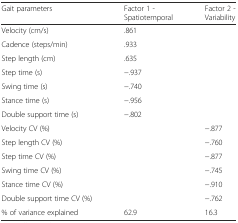
<table><thead><tr><td><b>Gait parameters</b></td><td><b>Factor 1 - Spatiotemporal</b></td><td><b>Factor 2 - Variability</b></td></tr></thead><tbody><tr><td>Velocity (cm/s)</td><td>.861</td><td></td></tr><tr><td>Cadence (steps/min)</td><td>.933</td><td></td></tr><tr><td>Step length (cm)</td><td>.635</td><td></td></tr><tr><td>Step time (s)</td><td>−.937</td><td></td></tr><tr><td>Swing time (s)</td><td>−.740</td><td></td></tr><tr><td>Stance time (s)</td><td>−.956</td><td></td></tr><tr><td>Double support time (s)</td><td>−.802</td><td></td></tr><tr><td>Velocity CV (%)</td><td></td><td>−.877</td></tr><tr><td>Step length CV (%)</td><td></td><td>−.760</td></tr><tr><td>Step time CV (%)</td><td></td><td>−.877</td></tr><tr><td>Swing time CV (%)</td><td></td><td>−.745</td></tr><tr><td>Stance time CV (%)</td><td></td><td>−.910</td></tr><tr><td>Double support time CV (%)</td><td></td><td>−.762</td></tr><tr><td>% of variance explained</td><td>62.9</td><td>16.3</td></tr></tbody></table>